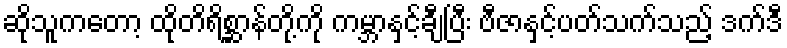
ဆိုသူကတော့ ထိုတိရိစ္ဆာန်တို့ကို ကမ္ဘာနှင့်ချီပြီး ဗီဇာနှင့်ပတ်သက်သည့် ဒက်ဒီ